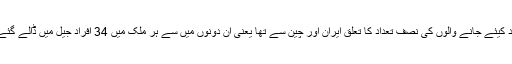
قید کیئے جانے والوں کی نصف تعداد کا تعلق ایران اور چین سے تھا یعنی ان دونوں میں سے ہر ملک میں 34 افراد جیل میں ڈالے گئے ۔